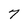
Character: 7